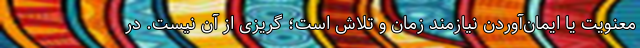
معنویت یا ایمان‌آوردن نیازمند زمان و تلاش است؛ گریزی از آن نیست. در